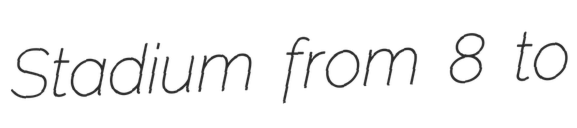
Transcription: Stadium from 8 to